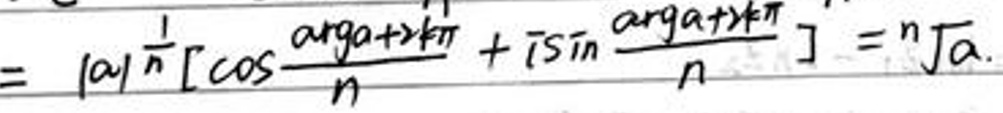
$=|a|^{\frac {1}{n}}[\cos  \frac {\arg a + 2k\pi }{n}+i\sin  \frac {\arg a + 2k\pi }{n}]=\sqrt [n]{a}$